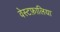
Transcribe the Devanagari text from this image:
वेस्टफ़ालिया